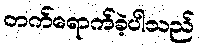
တက်ရောက်ခဲ့ပါသည်